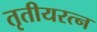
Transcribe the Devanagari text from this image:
तृतीयरत्‍न